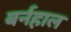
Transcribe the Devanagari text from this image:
बर्नहाल